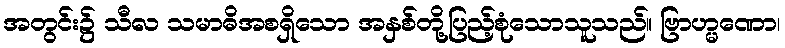
အတွင်း၌ သီလ သမာဓိအစရှိသော အနှစ်တို့ပြည့်စုံသောသူသည်။ ဗြာဟ္မဏော၊